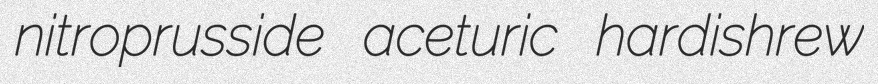
nitroprusside aceturic hardishrew